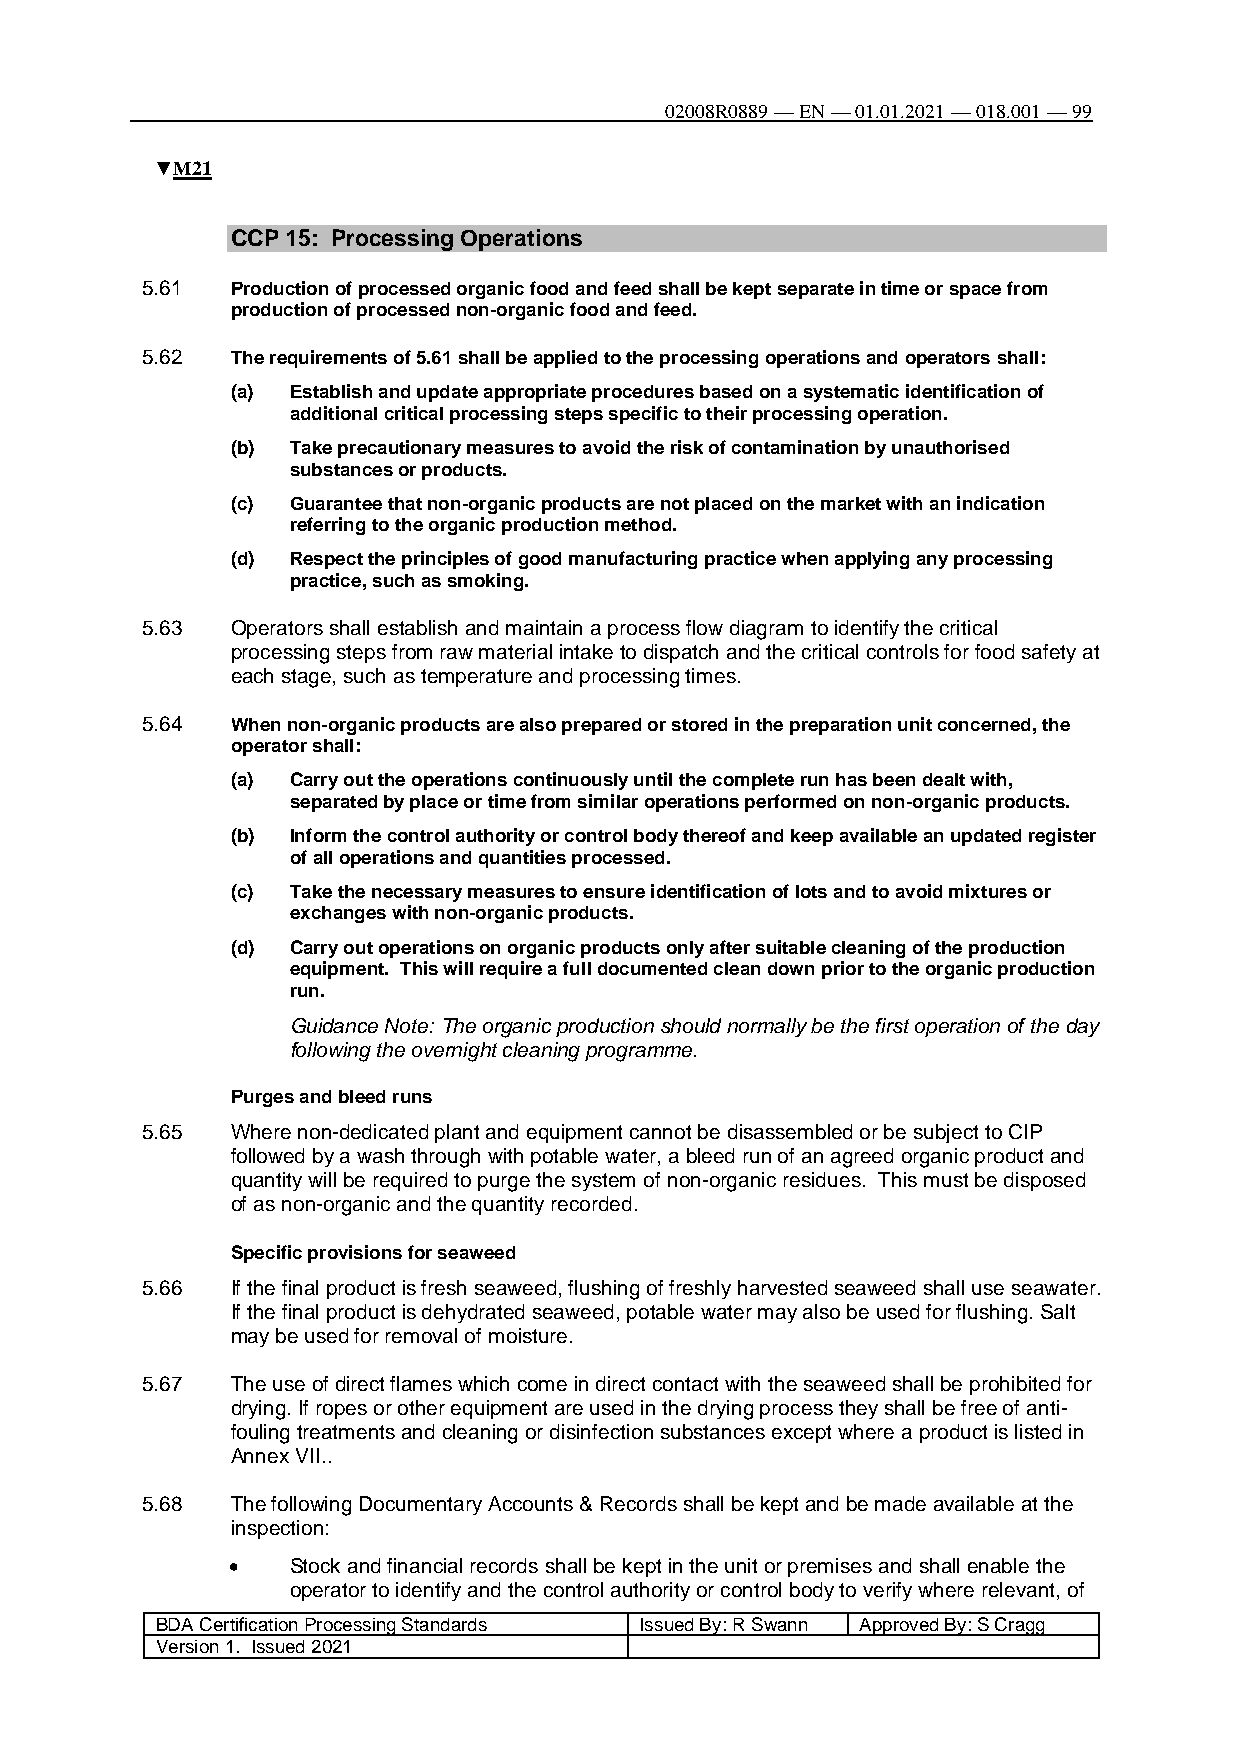
02008R0889 — EN — 01.01.2021 — 018.001 — 99
 ▼M21
 CCP 15: Processing Operations
 5.61  Production of processed organic food and feed shall be kept separate in time or space from
 production of processed non-organic food and feed.
 5.62  The requirements of 5.61 shall be applied to the processing operations and operators shall:
 (a) Establish and update appropriate procedures based on a systematic identification of
 additional critical processing steps specific to their processing operation.
 (b) Take precautionary measures to avoid the risk of contamination by unauthorised
 substances or products.
 (c) Guarantee that non-organic products are not placed on the market with an indication
 referring to the organic production method.
 (d) Respect the principles of good manufacturing practice when applying any processing
 practice, such as smoking.
 5.63  Operators shall establish and maintain a process flow diagram to identify the critical
 processing steps from raw material intake to dispatch and the critical controls for food safety at
 each stage, such as temperature and processing times.
 5.64  When non-organic products are also prepared or stored in the preparation unit concerned, the
 operator shall:
 (a) Carry out the operations continuously until the complete run has been dealt with,
 separated by place or time from similar operations performed on non-organic products.
 (b) Inform the control authority or control body thereof and keep available an updated register
 of all operations and quantities processed.
 (c) Take the necessary measures to ensure identification of lots and to avoid mixtures or
 exchanges with non-organic products.
 (d) Carry out operations on organic products only after suitable cleaning of the production
 equipment. This will require a full documented clean down prior to the organic production
 run.
 Guidance Note: The organic production should normally be the first operation of the day
 following the overnight cleaning programme.
 Purges and bleed runs
 5.65  Where non-dedicated plant and equipment cannot be disassembled or be subject to CIP
 followed by a wash through with potable water, a bleed run of an agreed organic product and
 quantity will be required to purge the system of non-organic residues. This must be disposed
 of as non-organic and the quantity recorded.
 Specific provisions for seaweed
 5.66  If the final product is fresh seaweed, flushing of freshly harvested seaweed shall use seawater.
 If the final product is dehydrated seaweed, potable water may also be used for flushing. Salt
 may be used for removal of moisture.
 5.67  The use of direct flames which come in direct contact with the seaweed shall be prohibited for
 drying. If ropes or other equipment are used in the drying process they shall be free of anti-
 fouling treatments and cleaning or disinfection substances except where a product is listed in
 Annex VII..
 5.68  The following Documentary Accounts & Records shall be kept and be made available at the
 inspection:
    Stock and financial records shall be kept in the unit or premises and shall enable the
 operator to identify and the control authority or control body to verify where relevant, of
 BDA Certification Processing Standards Issued By: R Swann Approved By: S Cragg
 Version 1. Issued 2021